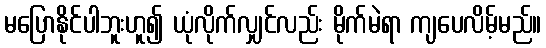
မပြောနိုင်ပါဘူးဟူ၍ ယုံလိုက်လျှင်လည်း မိုက်မဲရာ ကျပေလိမ့်မည်။